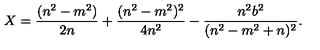
X = \frac { ( n ^ { 2 } - m ^ { 2 } ) } { 2 n } + \frac { ( n ^ { 2 } - m ^ { 2 } ) ^ { 2 } } { 4 n ^ { 2 } } - \frac { n ^ { 2 } b ^ { 2 } } { ( n ^ { 2 } - m ^ { 2 } + n ) ^ { 2 } } .